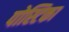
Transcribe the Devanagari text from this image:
पोस्टिका